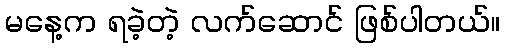
မနေ့က ရခဲ့တဲ့ လက်ဆောင် ဖြစ်ပါတယ်။